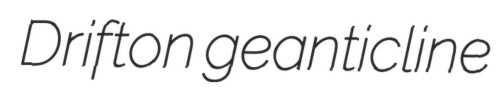
Drifton geanticline